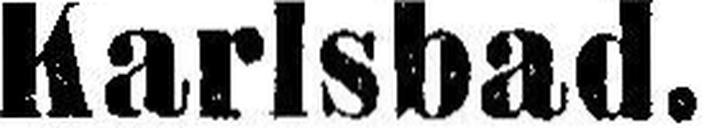
Karlsbad.